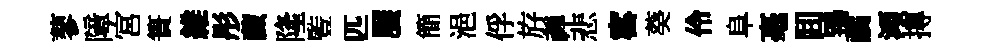
蓼障宮簣維彤藏隆䜿匹饜簡浥俘斿禅悲窰葵伶阜毫囬鴇譎澒摶